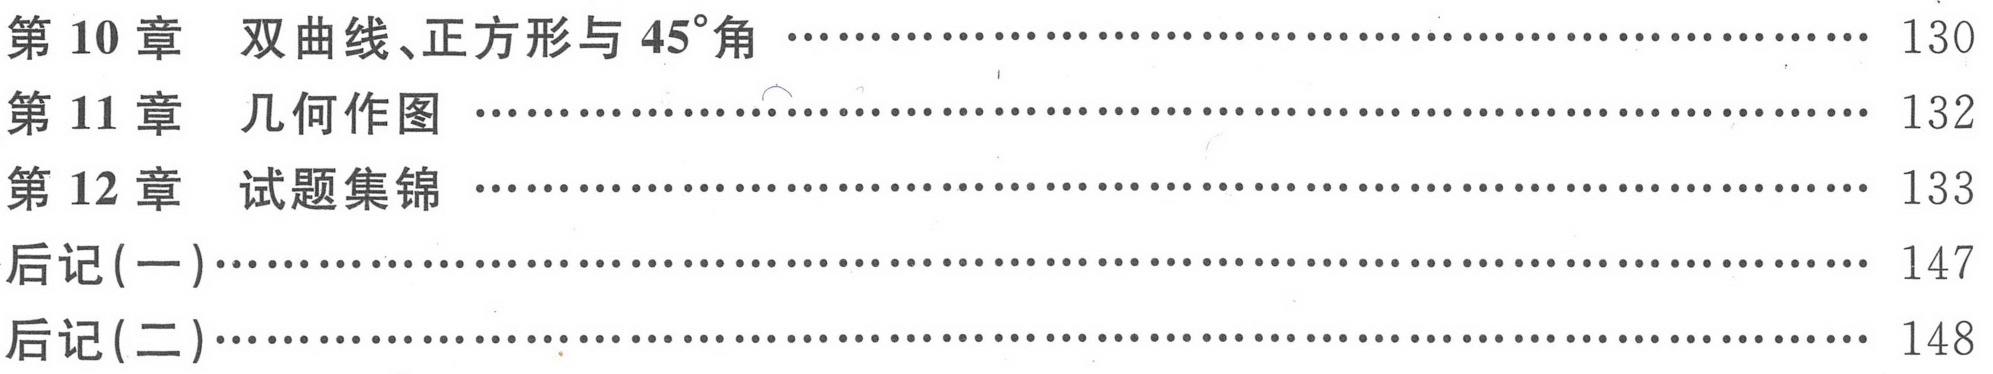
第 10 章 双曲线、正方形与 \(45^{\circ}\)角 \(\cdots\cdots\cdots\cdots\cdots\cdots\cdots\cdots\cdots\cdots\cdots\cdots\cdots\cdots\cdots\cdots\cdots\cdots\cdots\cdots\cdots\) 130\\
第 11 章 几何作图 \(\cdots\cdots\cdots\cdots\cdots\cdots\cdots\cdots\cdots\cdots\cdots\cdots\cdots\cdots\cdots\cdots\cdots\cdots\cdots\cdots\cdots\cdots\cdots\cdots\cdots\cdots\cdots\cdots\cdots\cdots\cdots\cdots\cdots\) 132\\
第 12 章 试题集锦 \(\cdots\cdots\cdots\cdots\cdots\cdots\cdots\cdots\cdots\cdots\cdots\cdots\cdots\cdots\cdots\cdots\cdots\cdots\cdots\cdots\cdots\cdots\cdots\cdots\cdots\cdots\cdots\cdots\cdots\cdots\cdots\cdots\cdots\) 133\\
后记(一)\(\cdots\cdots\cdots\cdots\cdots\cdots\cdots\cdots\cdots\cdots\cdots\cdots\cdots\cdots\cdots\cdots\cdots\cdots\cdots\cdots\cdots\cdots\cdots\cdots\cdots\cdots\cdots\cdots\cdots\cdots\cdots\cdots\cdots\cdots\cdots\cdots\) 147\\
后记(二)\(\cdots\cdots\cdots\cdots\cdots\cdots\cdots\cdots\cdots\cdots\cdots\cdots\cdots\cdots\cdots\cdots\cdots\cdots\cdots\cdots\cdots\cdots\cdots\cdots\cdots\cdots\cdots\cdots\cdots\cdots\cdots\cdots\cdots\cdots\cdots\cdots\) 148